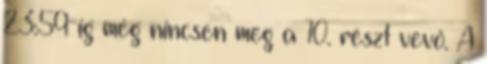
23:59-ig még nincsen meg a 10. részt vevő. A